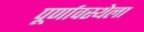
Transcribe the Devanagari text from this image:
पूर्णावस्थेला